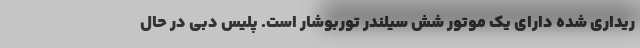
ریداری شده دارای یک موتور شش سیلندر توربوشار است. پلیس دبی در حال